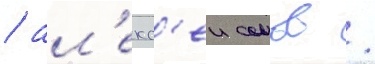
/ ал'екс'еи сомов /